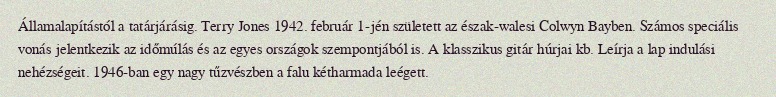
Államalapítástól a tatárjárásig. Terry Jones 1942. február 1-jén született az észak-walesi Colwyn Bayben. Számos speciális vonás jelentkezik az időmúlás és az egyes országok szempontjából is. A klasszikus gitár húrjai kb. Leírja a lap indulási nehézségeit. 1946-ban egy nagy tűzvészben a falu kétharmada leégett.